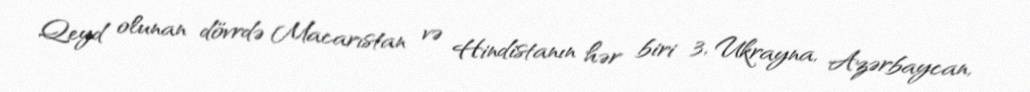
Qeyd olunan dövrdə Macarıstan və Hindistanın hər biri 3, Ukrayna, Azərbaycan,